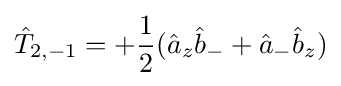
{\hat {T}}_{2,-1}=+{\frac {1}{2}}({\hat {a}}_{z}{\hat {b}}_{-}+{\hat {a}}_{-}{\hat {b}}_{z})